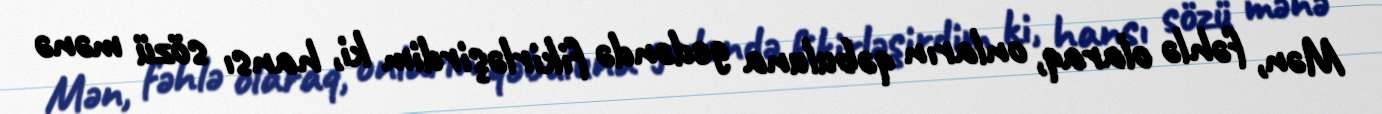
Mən, fəhlə olaraq, onların qəbuluna gedəndə fikirləşirdim ki, hansı sözü mənə